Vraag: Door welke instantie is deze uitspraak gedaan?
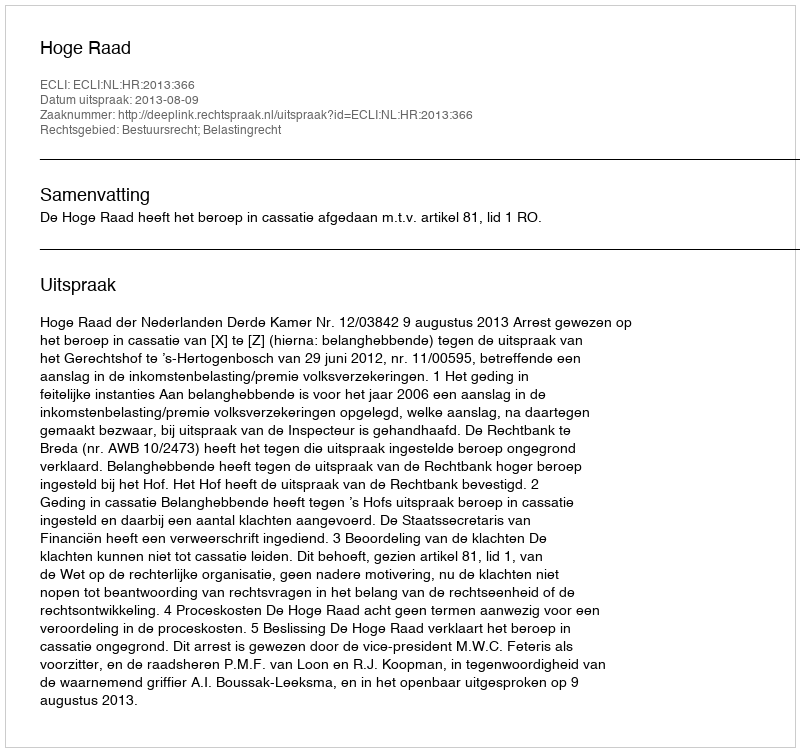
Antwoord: Hoge Raad